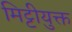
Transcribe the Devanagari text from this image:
मिट्टीयुक्त